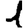
Digit: 1